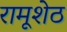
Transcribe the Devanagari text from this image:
रामूशेठ